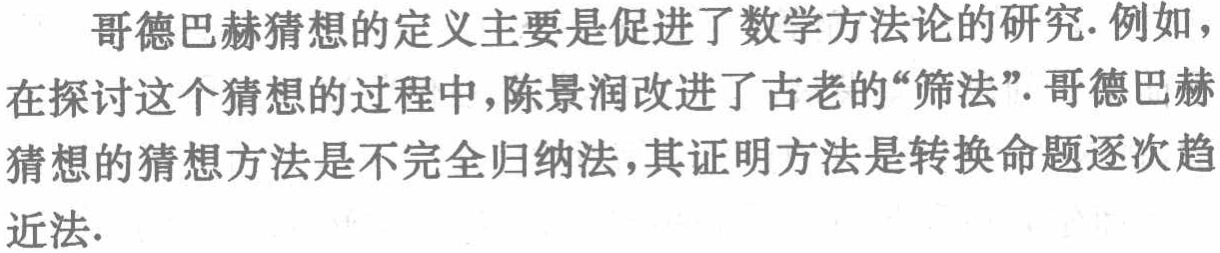
哥德巴赫猜想的定义主要是促进了数学方法论的研究.例如，在探讨这个猜想的过程中，陈景润改进了古老的“筛法”.哥德巴赫猜想的猜想方法是不完全归纳法，其证明方法是转换命题逐次趋近法.